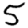
Digit: 5